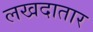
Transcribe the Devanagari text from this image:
लखदातार